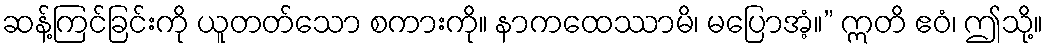
ဆန့်ကြင်ခြင်းကို ယူတတ်သော စကားကို။ နာကထေဿာမိ၊ မပြောအံ့။” ဣတိ ဧဝံ၊ ဤသို့။